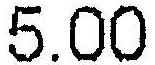
5.00